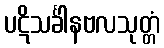
ပဋိသင်္ခါနဗလသုတ္တံ